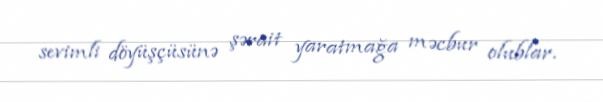
sevimli döyüşçüsünə şərait yaratmağa məcbur olublar.